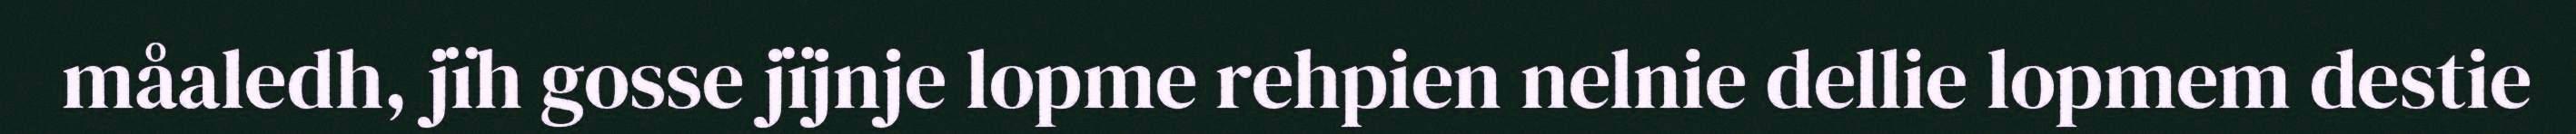
måaledh, jïh gosse jïjnje lopme rehpien nelnie dellie lopmem destie